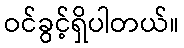
ဝင်ခွင့်ရှိပါတယ်။